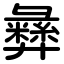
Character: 彝